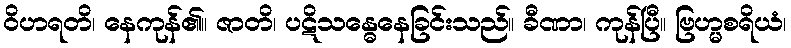
ဝိဟရတိ၊ နေကုန်၏။ ဇာတိ၊ ပဋိသန္ဓေနေခြင်းသည်။ ခီဏာ၊ ကုန်ပြီ။ ဗြဟ္မစရိယံ၊